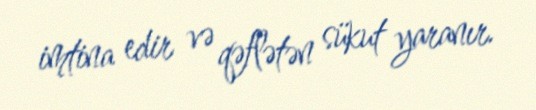
imtina edir və qəflətən sükut yaranır.